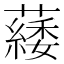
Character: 𦿿